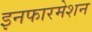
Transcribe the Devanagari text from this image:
इनफारमेशन